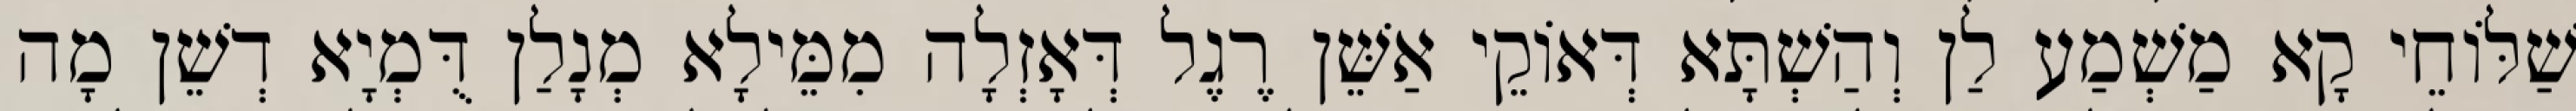
שַׁלּוֹחֵי קָא מַשְׁמַע לַן וְהַשְׁתָּא דְּאוֹקֵי אַשֵּׁן רֶגֶל דְּאָזְלָה מִמֵּילָא מְנָלַן דֻּמְיָא דְשֵׁן מָה